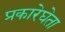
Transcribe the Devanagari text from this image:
प्रकारेघेता